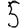
Digit: 5